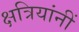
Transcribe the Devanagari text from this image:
क्षत्रियांनीं